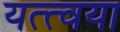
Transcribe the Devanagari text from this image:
यत्त्वया